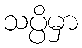
သပ္ပိမှာ